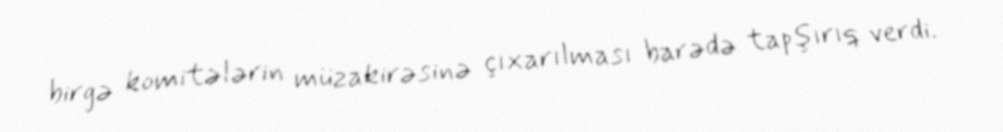
birgə komitələrin müzakirəsinə çıxarılması barədə tapşırıq verdi.